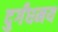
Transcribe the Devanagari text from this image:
दुर्गंधमय